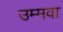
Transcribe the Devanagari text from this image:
उम्मवा